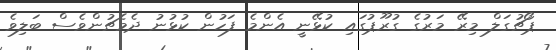
ޕޯޗުގަލް މިރޭ މަރުގެ ގުރޫޕުގައި ކުޅޭނީ އެންމެ ފަހުން ކުޅުނު ދެމެޗުންވެސް ބަލިވެ